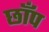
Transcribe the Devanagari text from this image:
छाँप